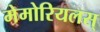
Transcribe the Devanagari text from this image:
मेमोरियलस्